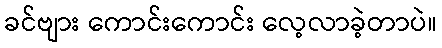
ခင်ဗျား ကောင်းကောင်း လေ့လာခဲ့တာပဲ။